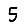
Digit: 5